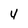
Character: 4